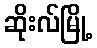
ဆိုးလ်မြို့